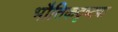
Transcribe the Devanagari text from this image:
भौतिकदृष्ट्या